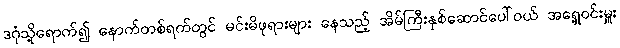
ဒဂုံသို့ရောက်၍ နောက်တစ်ရက်တွင် မင်းမိဖုရားများ နေသည့် အိမ်ကြီးနှစ်ဆောင်ပေါ်ဝယ် အရှေ့ဝင်းမှူး